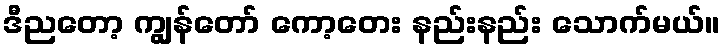
ဒီညတော့ ကျွန်တော် ကော့တေး နည်းနည်း သောက်မယ်။